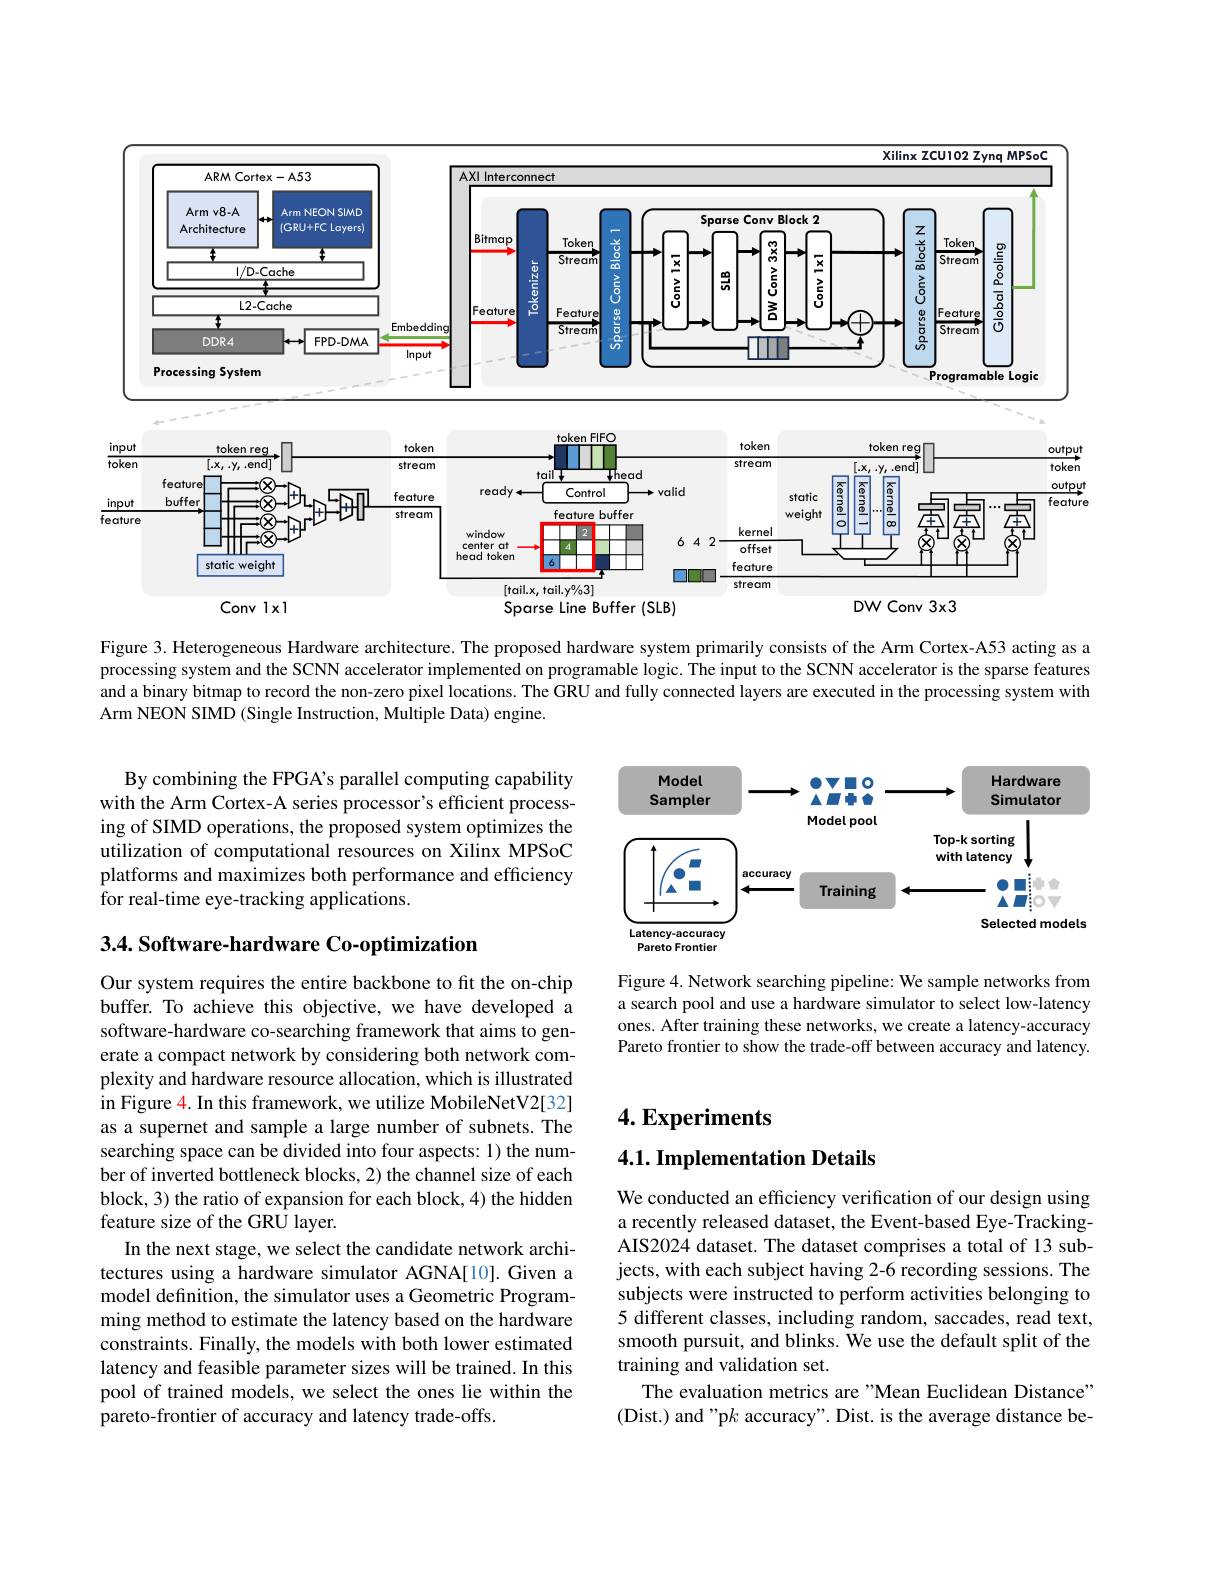
<FigureHere>

Figure 3. Heterogeneous Hardware architecture. The proposed hardware system primarily consists of the Arm Cortex-A53 acting as a processing system and the SCNN accelerator implemented on programable logic. The input to the SCNN accelerator is the sparse features and a binary bitmap to record the non-zero pixel locations. The GRU and fully connected layers are executed in the processing system with Arm NEON SIMD (Single Instruction, Multiple Data) engine.

By combining the FPGA's parallel computing capability with the Arm Cortex-A series processor's efficient processing of SIMD operations, the proposed system optimizes the utilization of computational resources on Xilinx MPSoC platforms and maximizes both performance and efficiency for real-time eye-tracking applications.

<FigureHere>

$3. 4. \textbf{ Software- hardware Co- optimization}$

Figure 4. Network searching pipeline: We sample networks from a search pool and use a hardware simulator to select low-latency ones. After training these networks, we create a latency-accuracy Pareto frontier to show the trade-off between accuracy and latency.

## $4. \textbf{Experiments}$

4.1. Implementation Details

Our system requires the entire backbone to fit the on-chip buffer. To achieve this objective, we have developed a software-hardware co-searching framework that aims to generate a compact network by considering both network complexity and hardware resource allocation, which is illustrated in Figure 4. In this framework, we utilize MobileNetV2[32] as a supernet and sample a large number of subnets. The searching space can be divided into four aspects: 1) the number of inverted bottleneck blocks, 2) the channel size of each block, 3) the ratio of expansion for each block, 4) the hidden feature size of the GRU layer.
In the next stage, we select the candidate network architectures using a hardware simulator AGNA[10].Given a model definition, the simulator uses a Geometric Programming method to estimate the latency based on the hardware constraints. Finally, the models with both lower estimated latency and feasible parameter sizes will be trained. In this pool of trained models, we select the ones lie within the pareto-frontier of accuracy and latency trade-offs.

We conducted an efficiency verification of our design using a recently released dataset, the Event-based Eye-TrackingAIS2024 dataset. The dataset comprises a total of 13 subjects, with each subject having 2-6 recording sessions. The subjects were instructed to perform activities belonging to 5 different classes, including random, saccades, read text, smooth pursuit, and blinks. We use the default split of the training and validation set.
The evaluation metrics are "Mean Euclidean Distance" (Dist.) and "p$k$ accuracy". Dist. is the average distance be-